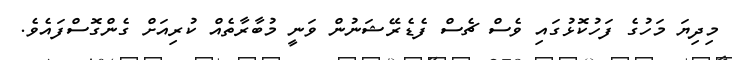
މިދިޔަ މަހުގެ ފަހުކޮޅުގައި ވެސް ޗެސް ފެޑެރޭޝަނުން ވަނީ މުބާރާތެއް ކުރިއަށް ގެންގޮސްފައެވެ.